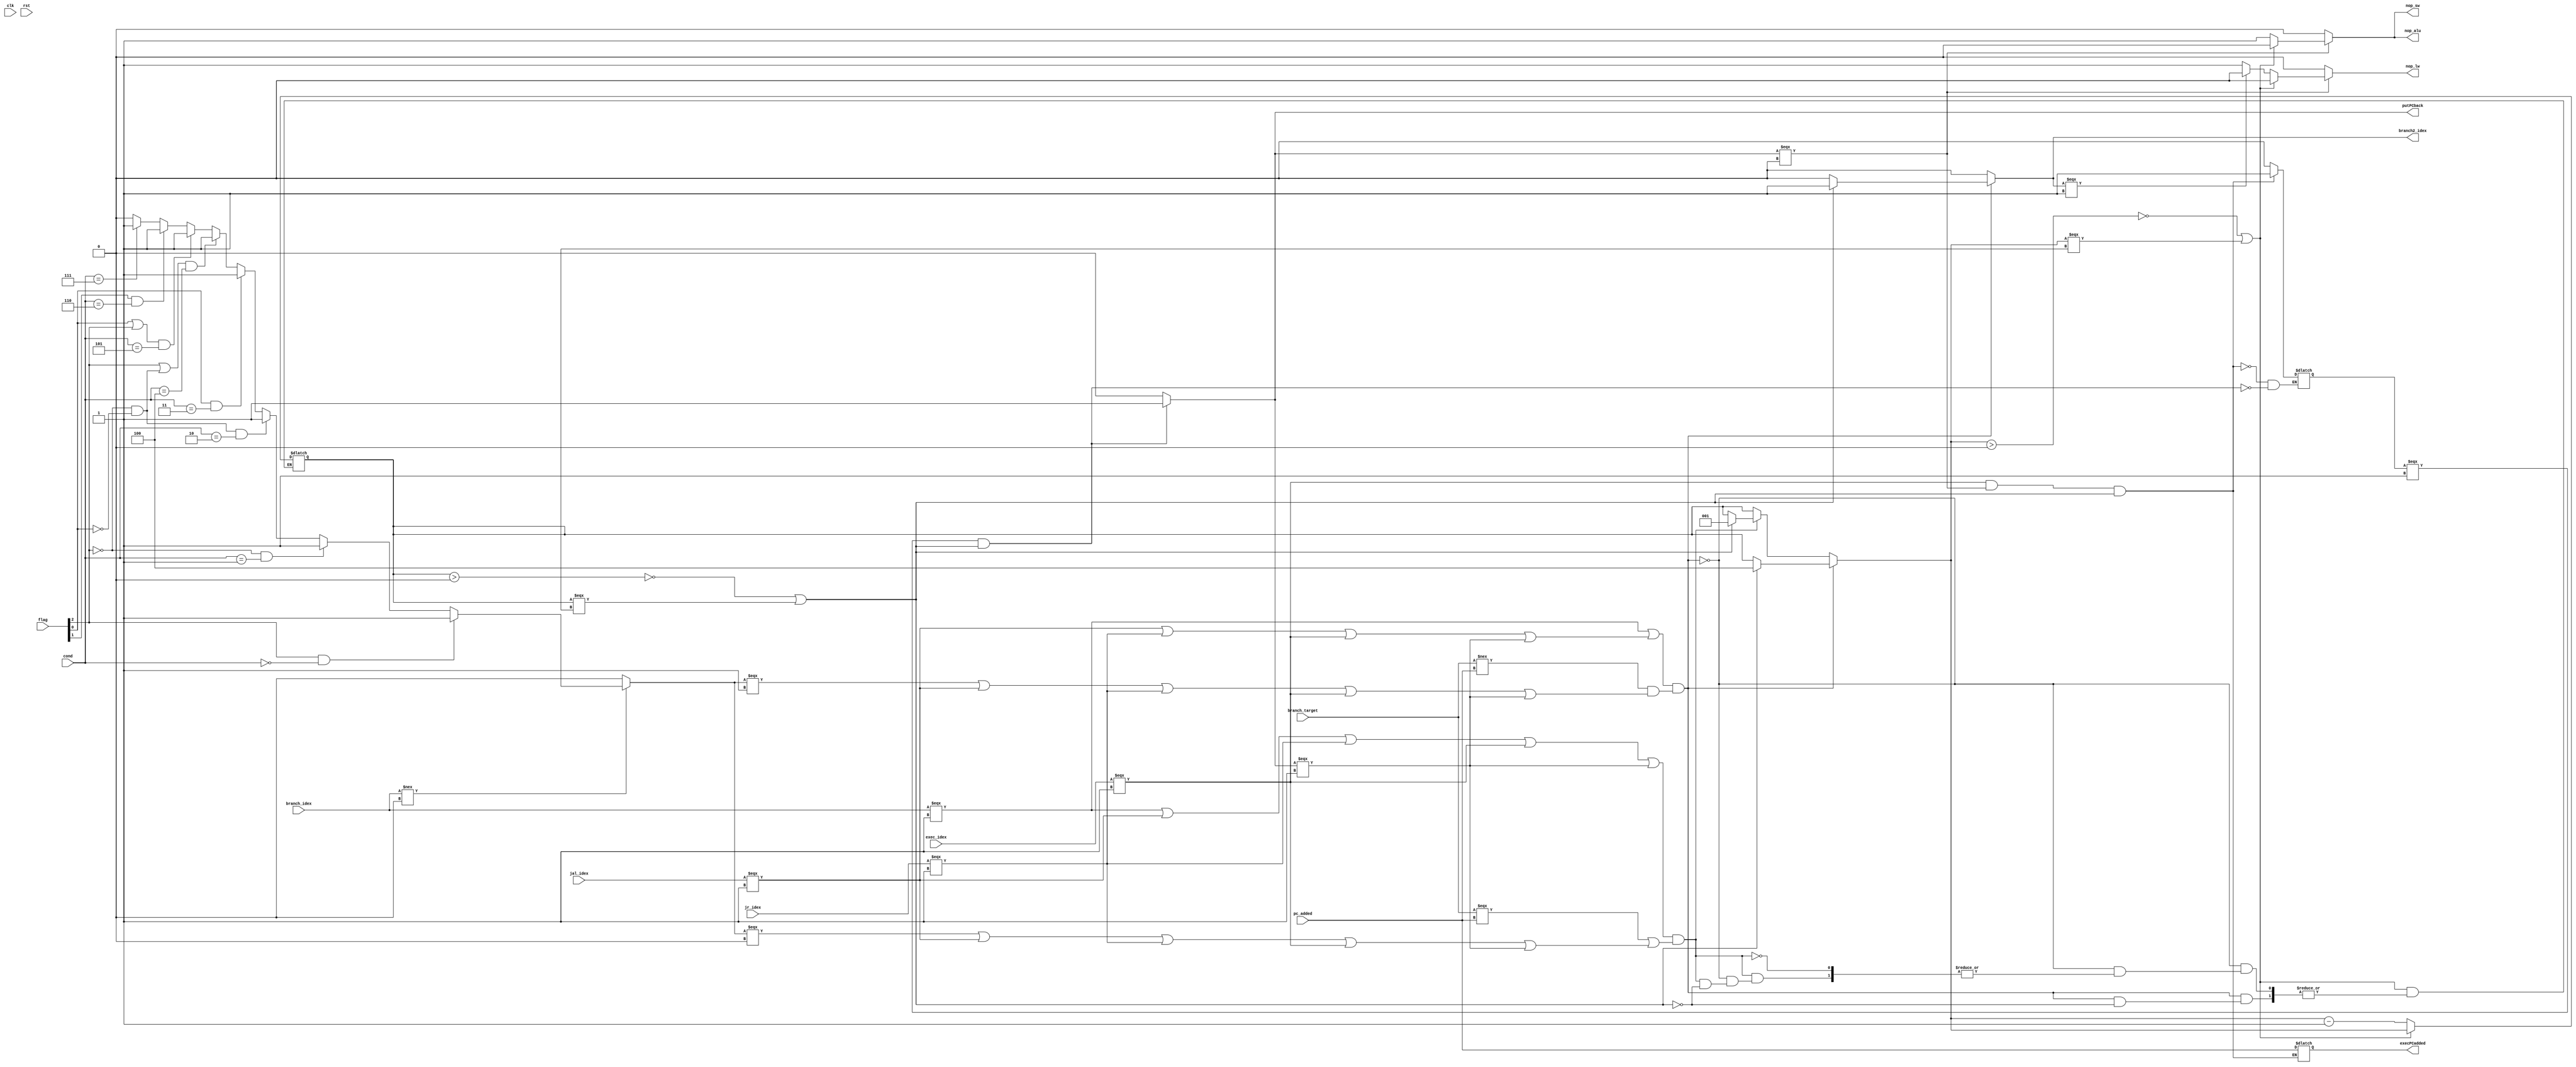
module control_exe(
  clk,
  rst,
  branch_target, // PC+1+offset
  pc_added, //PC+1
  flag, // flagprev_idex
  cond, // condition for branch
  branch_idex, // input from control.v for branch
  jal_idex, // input from control.v for jump and link
  jr_idex, //input from control.v for jump return
  exec_idex, //input from control.v for exec
  branch2_idex, // output that finally goes to pc mux 
  nop_alu, // output to alu
  nop_lw, //nop for sw(mem)
  nop_sw, //nop for lw(mem)
  execPCadded, //the previous pcadded value which is needed for exec after executing its branch instruction 
  putPCback, //select signal to choose pcadded for exec or branch target normal(jr/jal/br)
);
input clk;
input rst;
input [15:0] branch_target;
input [15:0] pc_added;
input branch_idex;
input jal_idex;
input jr_idex;
input exec_idex;
input [2:0] flag;
input [3:0] cond;
output branch2_idex;
reg branch2_temp;
reg branch2_temp2;
output nop_alu;
output nop_lw;
output nop_sw;
output [15:0] execPCadded;
output putPCback;
reg nop_alu_temp;
reg nop_lw_temp;
reg nop_sw_temp;
reg canBranch; // cond check
reg [2:0] NOP;
reg isBr;
reg [3:0] myCond;
reg setExec; // exec statement sets this to 1, next statement makes it 0
//reg isExec;
reg [15:0] execPCadded_temp, execPCadded_temp2;
reg [15:0] execPCadded_stored;// reg inside control_exe where the pcadded value(exec+1) is stored
reg putPCback_temp2;//reg inside control_exe which stores the mux select signal
reg putBack_temp;
always @ (pc_added)
//always @ (posedge clk)
//always @ (pc_added)
//always @ (branch_target, pc_added, branch_idex, flag, cond)
        begin
          putPCback_temp2=1'b0;
          if(setExec===1'b1 && (!(NOP>3'b000) || NOP === 3'bxxx)) begin 
            /// send putPCback=1 and output execPCadded
            putPCback_temp2 = 1'b1;
            execPCadded_temp2 = execPCadded_stored;
            setExec = 1'b0;
          end
          if(exec_idex===1'b1 && putPCback_temp2 === 1'b0 && (!(NOP>3'b000) || NOP === 3'bxxx)) begin
            setExec = 1'b1;
            execPCadded_stored = pc_added;
          end
          
          else begin
            /// putPCback =0
          end 
          myCond=cond;
          isBr=branch_idex;
          /*if(jal_idex === 1'b1) begin
            myCond = 4'b0111;
            isBr = 1'b1;
          end*/
          if(isBr!==1'b0) begin
          if(flag[2] == 1'b1 && myCond==4'b000)
          begin
          //Branch EQUAL previous instruction condition
            //$display("4'b000");
            canBranch = 1'b1;
          end
          else if(flag[2] == 1'b0 && myCond==4'b001)
          begin
          //Branch NOT EQUAL prev instruction condition
            //$display("4'b001");
            canBranch = 1'b1;
          end
          else if(((flag[2] == 1'b0) && (flag[0] == 1'b0)) && myCond == 4'b010)
          begin
          //Branch GREATER THAN prev instruction condition
            //$display("4'b010");
            canBranch = 1'b1;
          end
          else if(flag[0] == 1'b1 && myCond == 4'b011)
          begin
          //Branch LESS THAN prev instruction condition
            //$display("4'b011");
            canBranch = 1'b1;
          end
          else if(((flag[2] == 1'b1) || ((flag[2] == 1'b0) && (flag[0] == 1'b0))) && myCond == 4'b100)
          begin
          //Branch Greater Than or Equal To prev instruction condition
            //$display("4'b100");
            //canBranch = 1'b1;
            canBranch = 1'b1;
          end
          else if(((flag[0] == 1'b1) || (flag[2] == 1'b1)) && myCond == 4'b101)
          begin
          //Branch Less Than or Equal To prev instruction condition
            //$display("4'b101");
            canBranch = 1'b1;
          end
          else if(flag[1] == 1'b1 && myCond == 4'b110)
          begin
          //Branch overflow prev instruction condition
            //$display("4'b110");
            canBranch = 1'b1;
          end
          else if(cond==4'b111)
          begin
          //Branch if true    
            //$display("4'b111");
            canBranch = 1'b1;
          end
          else
          begin
            canBranch = 1'b0;
          end
        end
        else begin
          canBranch = 1'b0;
        end
        /*$display("SEQ");
        if((isBr===1'b1 || (jal_idex===1'b1 || jr_idex === 1'b1))) begin
          $display("1true");
        end
        if(canBranch===1'b1 || jal_idex===1'b1 || jr_idex === 1'b1) begin
          $display("2true");
        end
        $write(branch_target);
        $write("added:");
        $write(pc_added);
        if(branch_target!==pc_added) begin
          $display("3true");
        end
        if((branch_target!==pc_added) && (canBranch===1'b1 || jal_idex===1'b1 || jr_idex === 1'b1)) begin
          $display("4true");
        end
        if((isBr===1'b1 || (jal_idex===1'b1 || jr_idex === 1'b1)) && ((branch_target!==pc_added) && 
        (canBranch===1'b1 || (jal_idex===1'b1 || jr_idex === 1'b1)))) begin
          $display("MAIN true");
        end*/
        
        if((isBr===1'b1 || (jal_idex===1'b1 || jr_idex === 1'b1 || exec_idex === 1'b1 || putPCback_temp2 === 1'b1)) && ((branch_target!==pc_added) && 
        (canBranch===1'b1 || jal_idex===1'b1 || jr_idex === 1'b1 || exec_idex === 1'b1 || putPCback_temp2 === 1'b1))) // successful branch
          begin
            //if(branch_idex===1'b1) begin $display("branch=1"); end
            //$display("success");
            
            branch2_temp=1'b1; // change PC to branch_target
            if(!(NOP>3'b000)|| NOP===3'bxxx) // increment NOP by 3
              begin
                NOP = 3'b100;
              end 
            else
              begin
                //NOP = NOP + 3'b100;
                // The above case will never occur, coz NOP always become 0 
                // before going to the EXE part of the "branched" instruction
                // For a branch after a branch, the outer IF can be true
                // but it still needs to fail or be bypassed as its an NOP
                branch2_temp=1'b0;
                //NOP = NOP + 3'b001; // DONT DO THIS
              end 
          end
        else if((isBr===1'b1 || jal_idex===1'b1 || jr_idex === 1'b1 || exec_idex === 1'b1 || putPCback_temp2 === 1'b1) && ((branch_target===pc_added)|| 
        (canBranch===1'b0 || jal_idex===1'b1 || jr_idex === 1'b1 || exec_idex === 1'b1 || putPCback_temp2 === 1'b1))) // branch failed
          begin
            //$display("failed");
            branch2_temp=1'b0; // don't change PC
            if(!(NOP>3'b000) || NOP===3'bxxx) // increment NOP by 1 to not operate on the branch condition
              begin
                NOP = 3'b001;
              end 
            else
              begin

                //NOP = NOP + 3'b001;
                // The above doesn't happen in any situation
                // if it does we need to bypass that branch
                //NOP = NOP + 3'b001; // DONT DO THIS
              end 
          end
        else 
          begin // branch = 0 --- not a branch statement
            branch2_temp=1'b0;
          end
        // Different if-else construct
        //NOP = NOP+3'b001;
        if(!(NOP>3'b000) || NOP === 3'bxxx) // do the operation when NOP = 0 && when NOP is invalid !( NOP>0)
          begin
            nop_alu_temp = 1'b0;
            nop_lw_temp = 1'b0;
            nop_sw_temp = 1'b0;
          end
        else
          begin
            nop_alu_temp = 1'b1;
            if(branch2_temp===1'b1) begin 
              nop_lw_temp = 1'b0; 
            end 
            else begin
              nop_lw_temp = 1'b1; 
            end
            nop_sw_temp = 1'b1;
            NOP = NOP - 3'b001;
          end
        branch2_temp2 = branch2_temp;
        execPCadded_temp = execPCadded_temp2;
        putBack_temp = putPCback_temp2;  
        end // always end
    assign branch2_idex = branch2_temp2;
    assign nop_alu = (putPCback===1'b0)? nop_alu_temp : 1'b0;
    assign nop_lw = (putPCback===1'b0)? nop_lw_temp : 1'b0;
    assign nop_sw = (putPCback===1'b0)? nop_sw_temp : 1'b0;
    assign execPCadded = execPCadded_temp;
    assign putPCback = putBack_temp;
endmodule